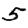
Digit: 5